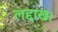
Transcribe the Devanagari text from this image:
लद्दाख।